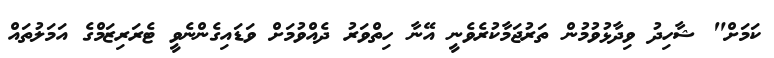
ކަމަށް" ޝާހިދު ވިދާޅުވުމުން ތަރުޖަމާކުރެވެނީ އޭނާ ހިތްވަރު ދެއްވުމަށް ވަޑައިގެންނެވީ ޓެރަރިޒަމްގެ އަމަލުތައް